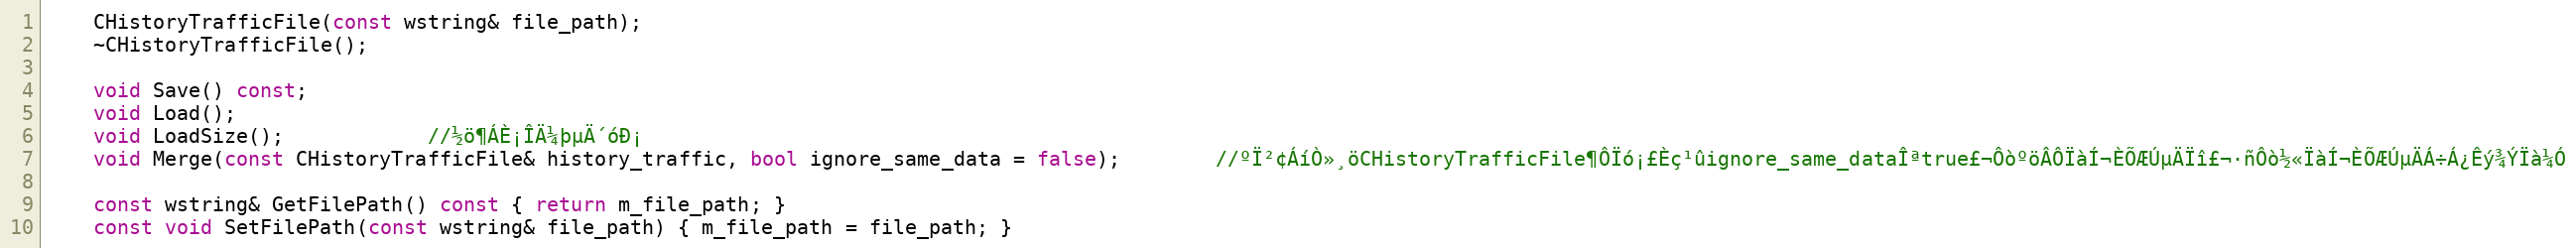
Language: C
	CHistoryTrafficFile(const wstring& file_path);
	~CHistoryTrafficFile();

	void Save() const;
	void Load();
	void LoadSize();			//½ö¶ÁÈ¡ÎÄ¼þµÄ´óÐ¡
	void Merge(const CHistoryTrafficFile& history_traffic, bool ignore_same_data = false);		//ºÏ²¢ÁíÒ»¸öCHistoryTrafficFile¶ÔÏó¡£Èç¹ûignore_same_dataÎªtrue£¬ÔòºöÂÔÏàÍ¬ÈÕÆÚµÄÏî£¬·ñÔò½«ÏàÍ¬ÈÕÆÚµÄÁ÷Á¿Êý¾ÝÏà¼Ó

	const wstring& GetFilePath() const { return m_file_path; }
	const void SetFilePath(const wstring& file_path) { m_file_path = file_path; }